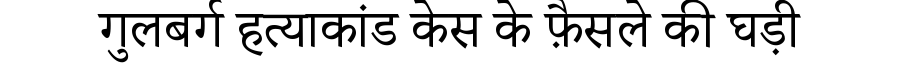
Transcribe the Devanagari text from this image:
गुलबर्ग हत्याकांड केस के फ़ैसले की घड़ी